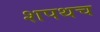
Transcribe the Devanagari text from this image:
शपथच